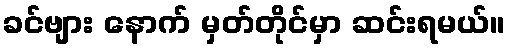
ခင်ဗျား နောက် မှတ်တိုင်မှာ ဆင်းရမယ်။